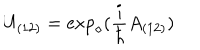
LaTeX: U _ { ( 1 2 ) } = \exp _ { \diamond } ( \frac { i } { \hbar } A _ { ( 1 2 ) } )